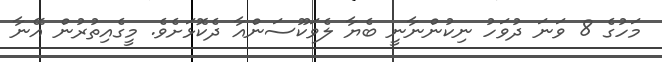
މަހުގެ 8 ވަނަ ދުވަހު ނިކުންނާނީ ބެޔާ ލެވަކޫސަންއާ ދެކޮޅަށެވެ. މީގެއިތުރުން އޭނާ